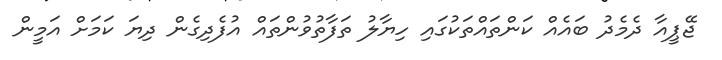
ޖޭޕީއާ ދެމެދު ބައެއް ކަންތައްތަކުގައި ހިޔާލު ތަފާތުވުންތައް އުފެދިގެން ދިޔަ ކަމަށް އަމީން